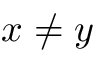
x \neq y